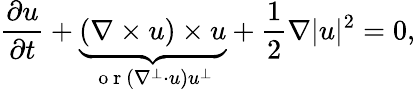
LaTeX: \frac{\partial u}{\partial t}+\underbrace{(\nabla\times u)\times u}_{\mathrm{~o~r~}(\nabla^{\perp}\cdot u)u^{\perp}}+\frac{1}{2}\nabla|u|^{2}=0,